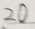
2 0